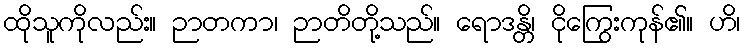
ထိုသူကိုလည်း။ ဉာတကာ၊ ဉာတိတို့သည်။ ရောဒန္တိ၊ ငိုကြွေးကုန်၏။ ဟိ၊